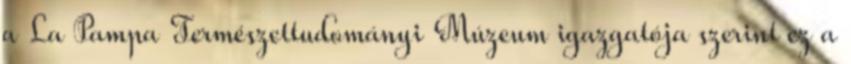
a La Pampa Természettudományi Múzeum igazgatója szerint ez a